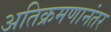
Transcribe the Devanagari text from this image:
अतिक्रमणानंतर